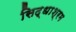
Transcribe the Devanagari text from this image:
सिद्धाश्रम